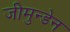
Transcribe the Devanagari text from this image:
जीमुन्डेन